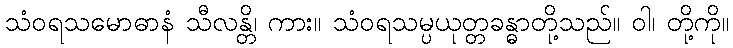
သံဝရသမောဓာနံ သီလန္တိ၊ ကား။ သံဝရသမ္ပယုတ္တခန္ဓာတို့သည်။ ဝါ၊ တို့ကို။